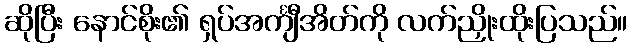
ဆိုပြီး နောင်စိုး၏ ရှပ်အင်္ကျီအိတ်ကို လက်ညှိုးထိုးပြသည်။